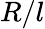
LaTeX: R/l